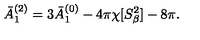
\bar { A } _ { 1 } ^ { ( 2 ) } = 3 \bar { A } _ { 1 } ^ { ( 0 ) } - 4 \pi \chi [ S _ { \beta } ^ { 2 } ] - 8 \pi .